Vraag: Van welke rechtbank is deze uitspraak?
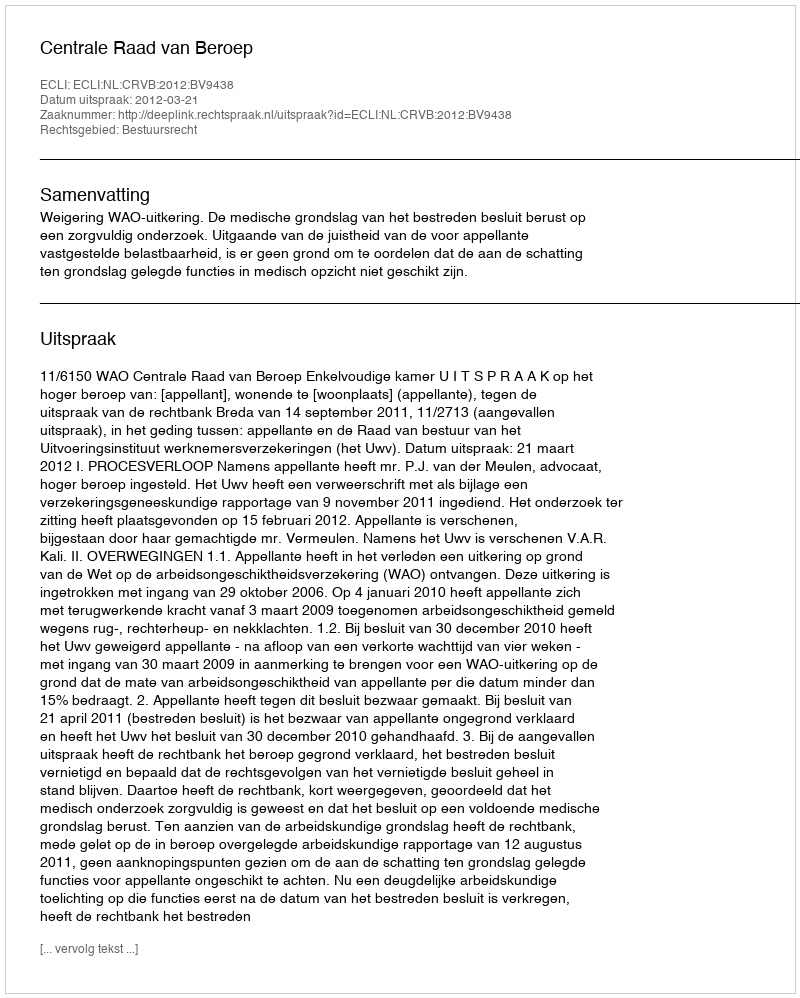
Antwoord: Centrale Raad van Beroep